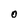
Character: 0